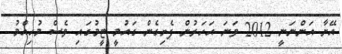
އޭނާ އަންނަނީ 2012 ވަނަ އަހަރުން ފެށިގެން ގައުމީ ޓީމުގައި ވެސް މުހިއްމު